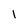
Character: 1